Problem: 13 + 48 = ?
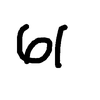
Handwritten answer: 61